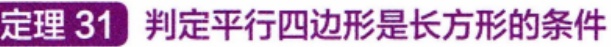
定理 31  判定平行四边形是长方形的条件